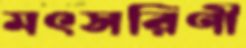
মৎসরিণী